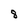
Character: 8